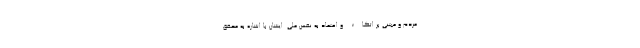
مردم و مبتنی بر اتکاء و اعتماد به نفس ملی. ایشان با اشاره به محقق